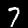
Label: 7